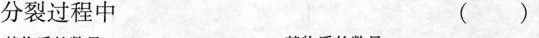
分裂过程中 ( )